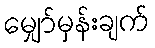
မျှော်မှန်းချက်